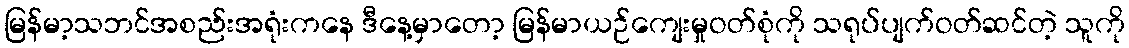
မြန်မာ့သဘင်အစည်းအရုံးကနေ ဒီနေ့မှာတော့ မြန်မာယဉ်ကျေးမှုဝတ်စုံကို သရုပ်ပျက်ဝတ်ဆင်တဲ့ သူကို